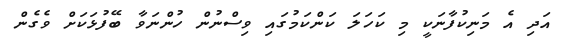
އަދި އެ މަނިކުފާނަކީ މި ކަހަލަ ކަންކަމުގައި ވިސްނުން ހުންނަވާ ބޭފުޅަކަށް ވެގެން